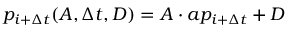
p _ { i + \Delta t } ( A , \Delta t , D ) = A \cdot a p _ { i + \Delta t } + D